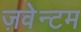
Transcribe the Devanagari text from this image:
ज़वेन्टम